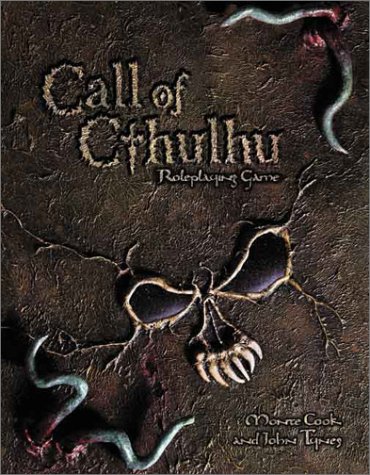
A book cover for Call of Cthulhu (d20 Edition Horror Roleplaying, WotC); Monte Cook; Science Fiction & Fantasy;